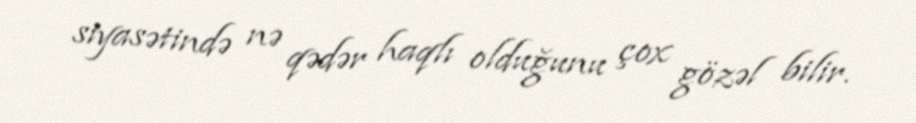
siyasətində nə qədər haqlı olduğunu çox gözəl bilir.